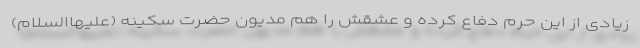
زیادی از این حرم دفاع کرده و عشقش را هم مدیون حضرت سکینه (علیهاالسلام)